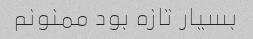
بسیار تازه بود ممنونم